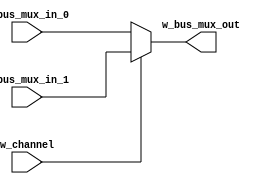
module m_2to1_8bit_mux (w_bus_mux_out, w_bus_mux_in_0, w_bus_mux_in_1, w_channel);
	output [7:0] w_bus_mux_out;
	input [7:0] w_bus_mux_in_0, w_bus_mux_in_1;
	input w_channel;

	assign w_bus_mux_out = (w_channel) ? w_bus_mux_in_1 : w_bus_mux_in_0;
endmodule